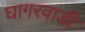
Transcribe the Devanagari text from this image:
घागरवाडी